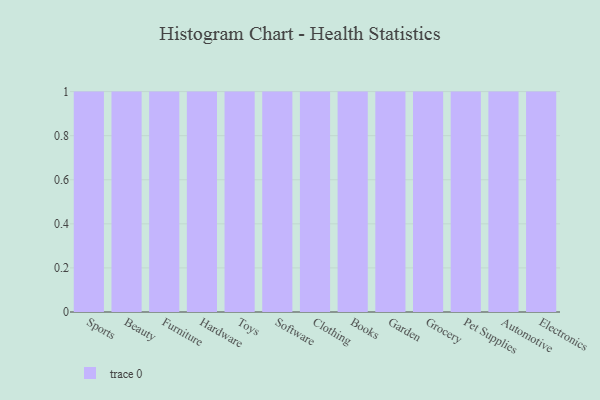
{"axis": {"x": "Category", "y": "Conversion Rate (%)"}, "legend": [""], "data": [{"x": "Sports", "y": 14, "type": ""}, {"x": "Beauty", "y": 61, "type": ""}, {"x": "Furniture", "y": 14, "type": ""}, {"x": "Hardware", "y": 67, "type": ""}, {"x": "Toys", "y": 73, "type": ""}, {"x": "Software", "y": 32, "type": ""}, {"x": "Clothing", "y": 64, "type": ""}, {"x": "Books", "y": 13, "type": ""}, {"x": "Garden", "y": 66, "type": ""}, {"x": "Grocery", "y": 79, "type": ""}, {"x": "Pet Supplies", "y": 50, "type": ""}, {"x": "Automotive", "y": 11, "type": ""}, {"x": "Electronics", "y": 30, "type": ""}]}